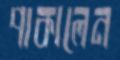
পাকালেন